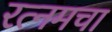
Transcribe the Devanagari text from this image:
रत्नमचा